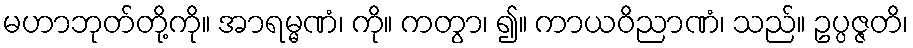
မဟာဘုတ်တို့ကို။ အာရမ္မဏံ၊ ကို။ ကတွာ၊ ၍။ ကာယဝိညာဏံ၊ သည်။ ဥပ္ပဇ္ဇတိ၊